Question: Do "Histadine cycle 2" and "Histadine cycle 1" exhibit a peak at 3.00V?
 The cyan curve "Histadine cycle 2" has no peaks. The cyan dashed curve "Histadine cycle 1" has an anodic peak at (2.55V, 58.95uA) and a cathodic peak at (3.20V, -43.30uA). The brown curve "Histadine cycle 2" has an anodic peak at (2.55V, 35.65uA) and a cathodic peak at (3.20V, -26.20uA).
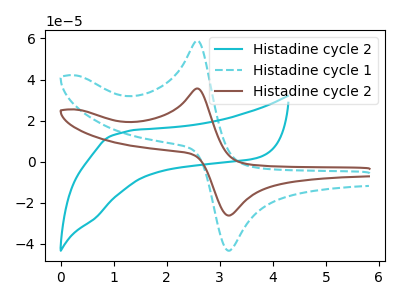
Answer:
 <answer>No, "Histadine cycle 2" and "Histadine cycle 1" dont share a peak at 3.00V.</answer>
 <eval>mismatch</eval>